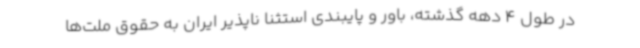
در طول 4 دهه‌ گذشته، باور و پایبندی استثنا ناپذیر ایران به حقوق ملت‌ها